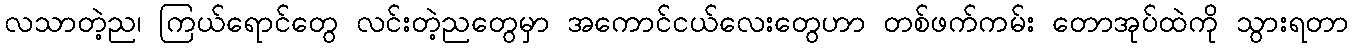
လသာတဲ့ည၊ ကြယ်ရောင်တွေ လင်းတဲ့ညတွေမှာ အကောင်ငယ်လေးတွေဟာ တစ်ဖက်ကမ်း တောအုပ်ထဲကို သွားရတာ